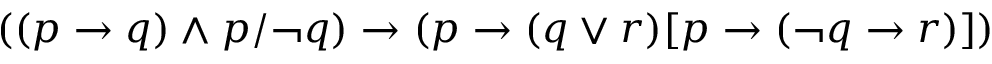
( ( p \to q ) \land p / \neg q ) \to ( p \to ( q \lor r ) [ p \to ( \neg q \to r ) ] )